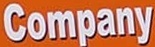
Company